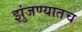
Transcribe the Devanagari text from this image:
झुंजण्यातच